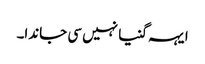
ایہہ گنیا نہیں سی جاندا۔